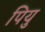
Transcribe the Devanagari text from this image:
पियु